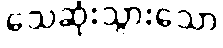
သေဆုံးသွားသော